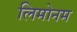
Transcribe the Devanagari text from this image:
लिमोनम